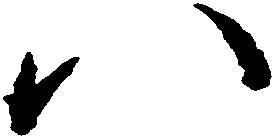
八